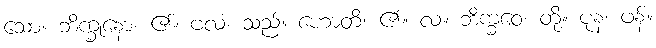
သော။ ဘိက္ခုနော၊ ၏။ ဗလံ၊ သည်။ ဟောတိ၊ ၏။ လ။ ဘိက္ခဝေ၊ တို့။ ပုန၊ ဖန်။